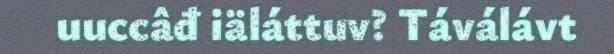
uuccâđ iäláttuv? Táválávt